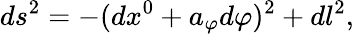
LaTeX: ds^{2}=-(dx^{0}+a_{\varphi}d\varphi)^{2}+dl^{2},